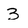
Character: 3